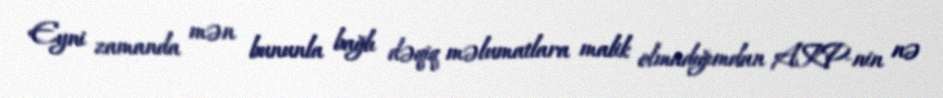
Eyni zamanda mən bununla bağlı dəqiq məlumatlara malik olmadığımdan AKP-nin nə